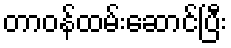
တာဝန်ထမ်းဆောင်ပြီး